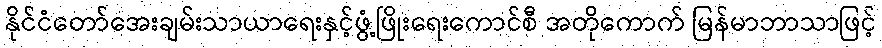
နိုင်ငံတော်အေးချမ်းသာယာရေးနှင့်ဖွံ့ဖြိုးရေးကောင်စီ အတိုကောက် မြန်မာဘာသာဖြင့်